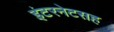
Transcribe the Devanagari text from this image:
इंटरनेटसह